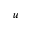
\boldsymbol { u }